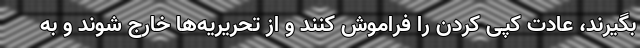
بگیرند، عادت کپی کردن را فراموش کنند و از تحریریه‌ها خارج شوند و به